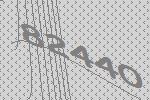
82440